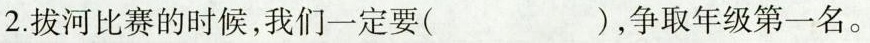
2.拔河比赛的时候，我们一定要( )，争取年级第一名。